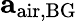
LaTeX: \mathbf{a}_{\mathrm{air},\mathrm{BG}}